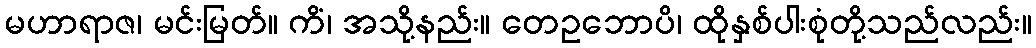
မဟာရာဇ၊ မင်းမြတ်။ ကိံ၊ အသို့နည်း။ တေဥဘောပိ၊ ထိုနှစ်ပါးစုံတို့သည်လည်း။